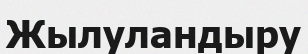
Жылуландыру